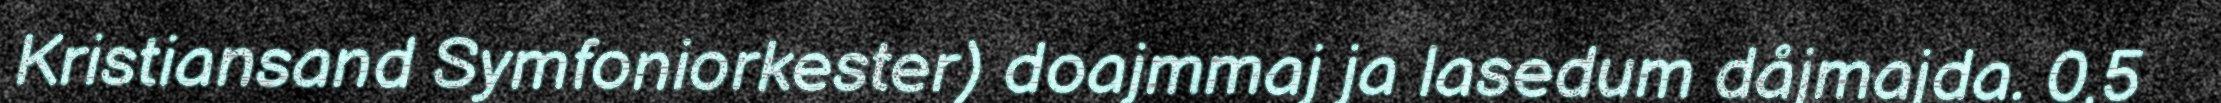
Kristiansand Symfoniorkester) doajmmaj ja lasedum dåjmajda. 0,5